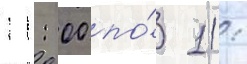
11: 00 по́ 11: